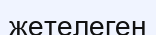
жетелеген